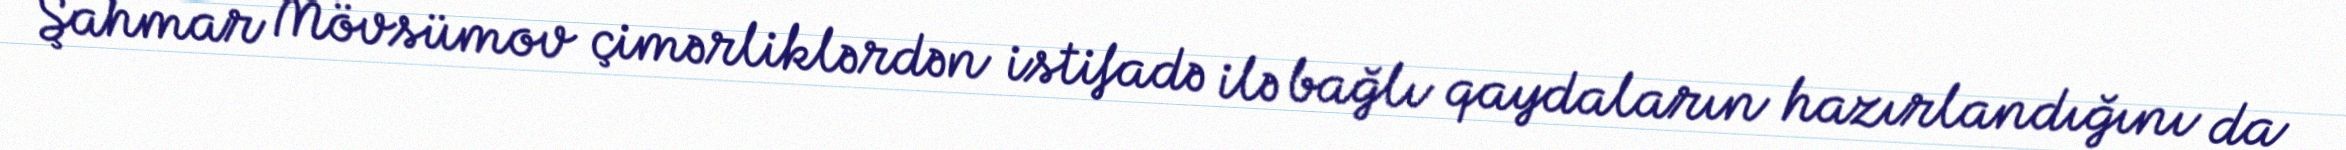
Şahmar Mövsümov çimərliklərdən istifadə ilə bağlı qaydaların hazırlandığını da